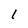
Character: 1